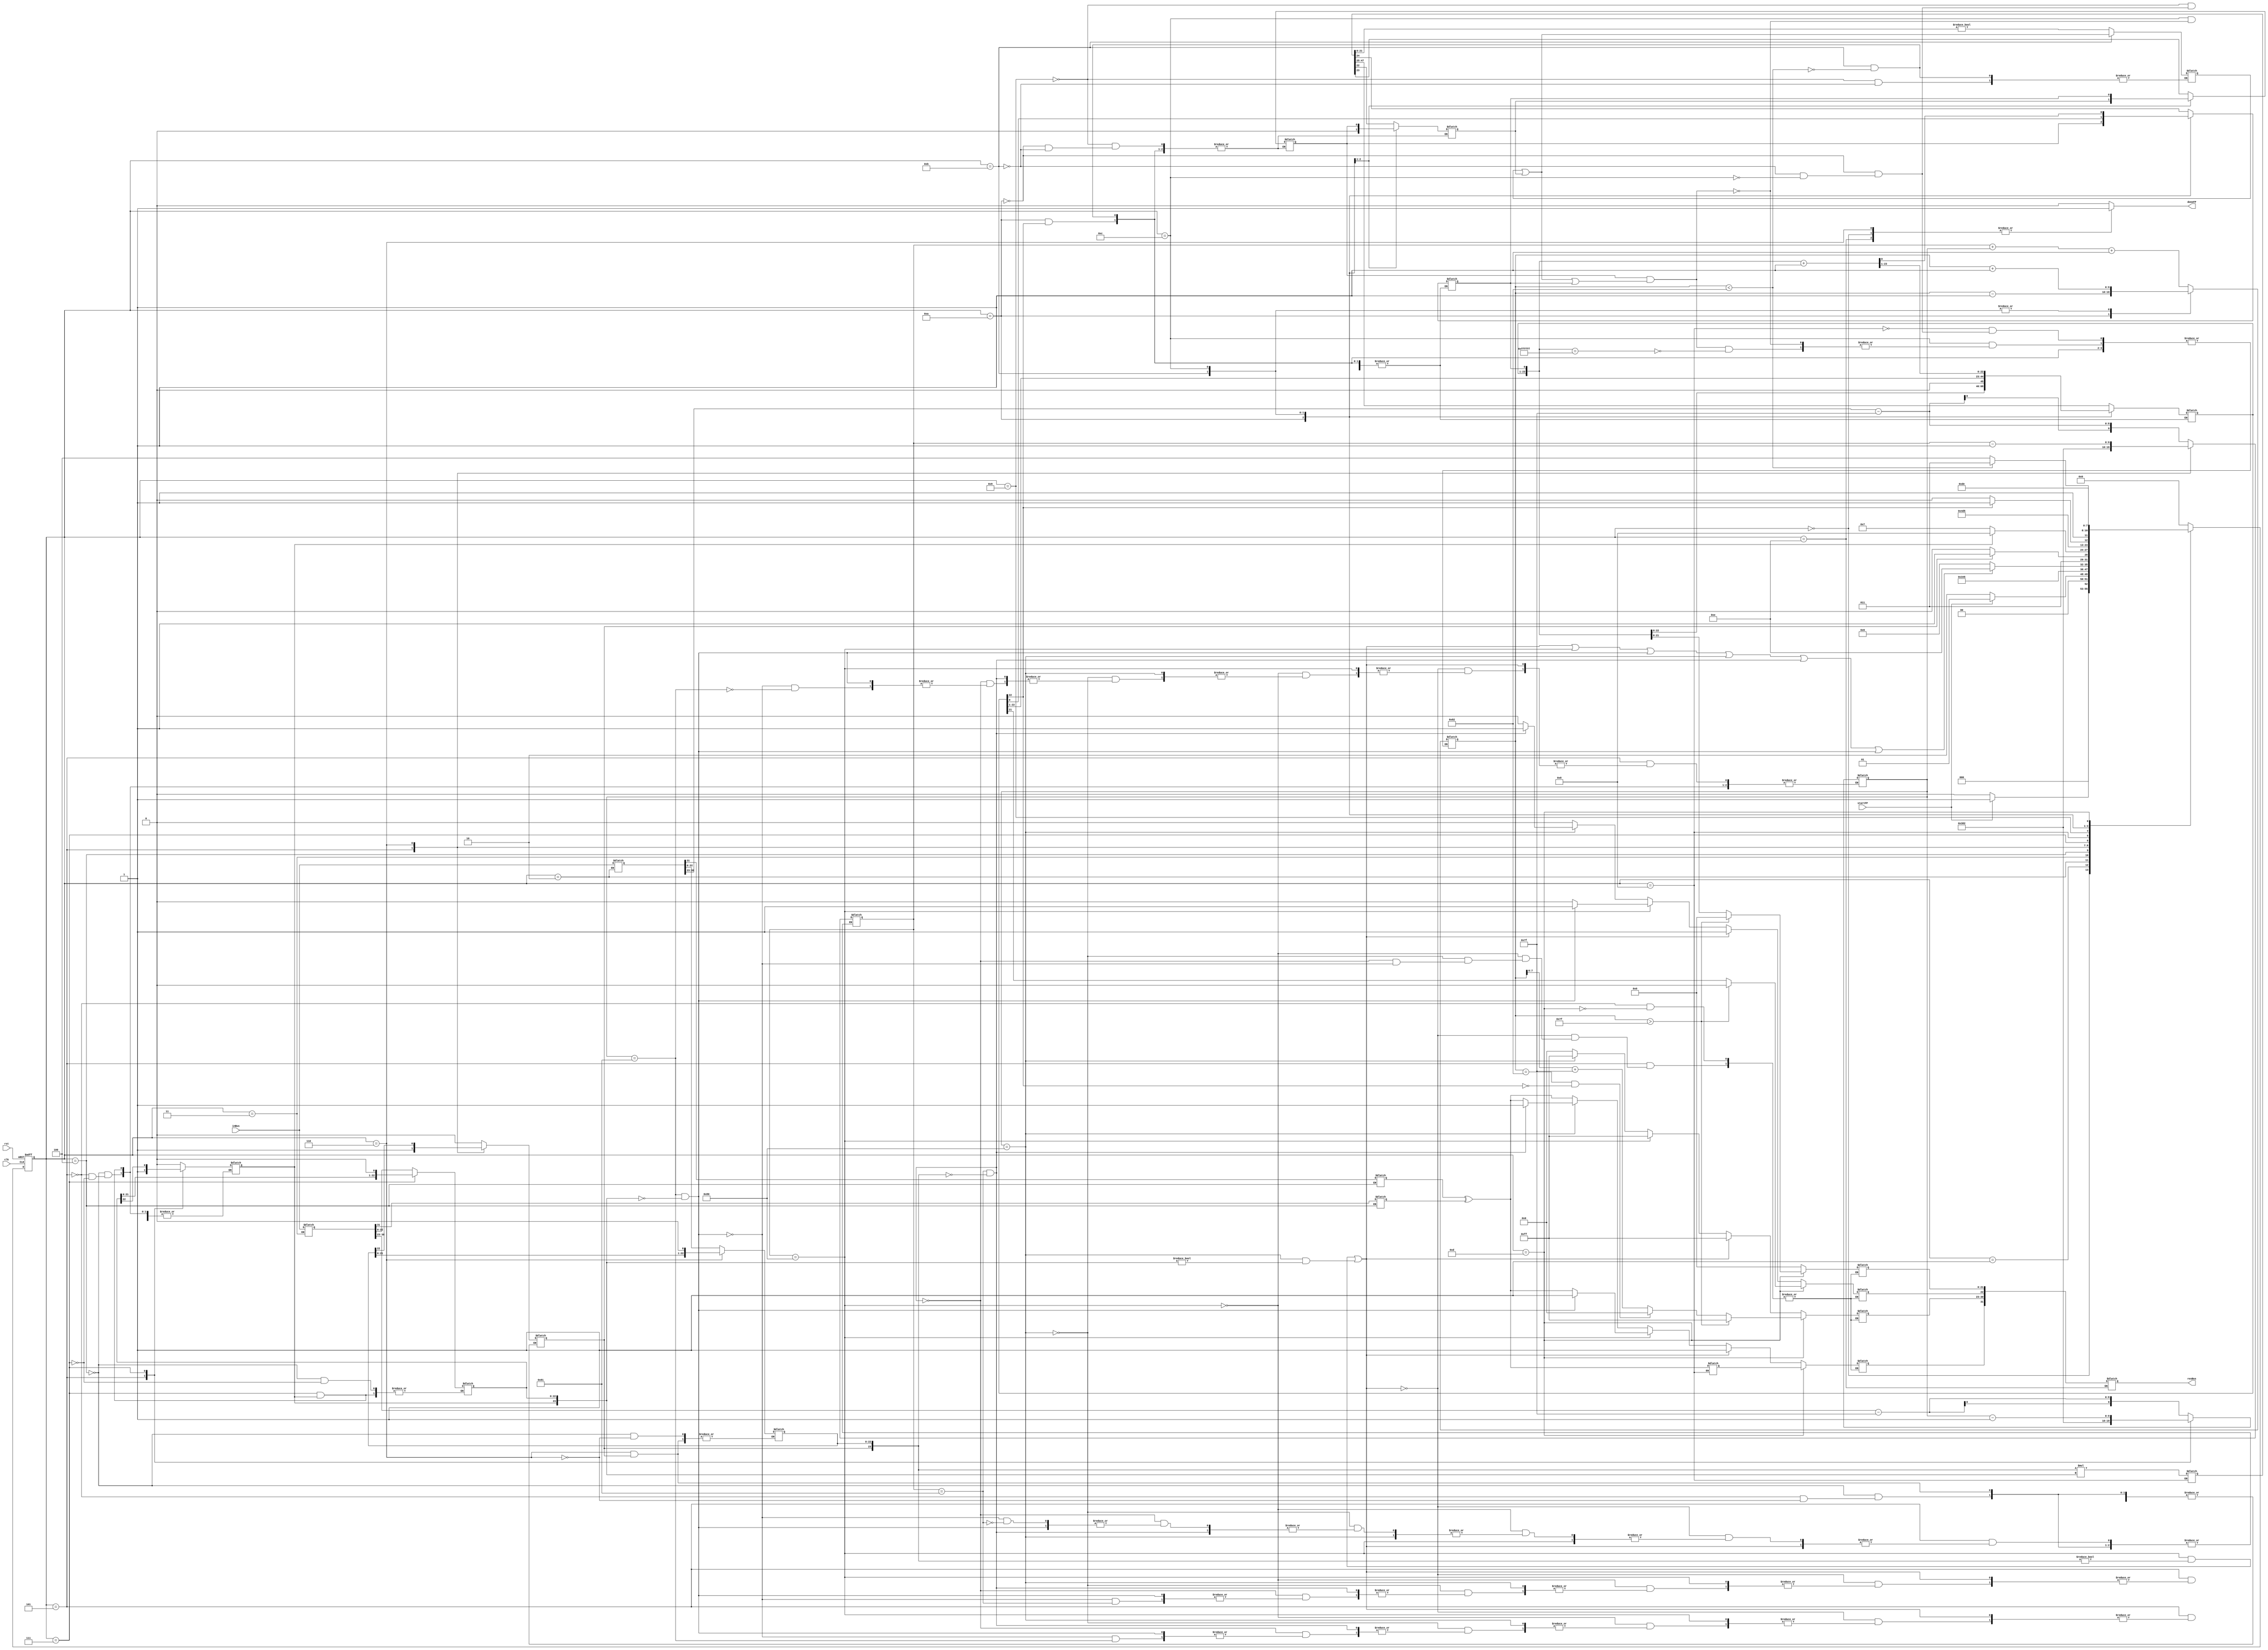
//Synthesizable Floating Point Multiplier
`timescale 1ns/1ns
module FPMULT2(input clk,rst,input [31:0] inBus,input startFP,output [31:0] resBus,output reg doneFP);
    //states
    parameter 
      idle         = 4'd0,
      init         = 4'd1,
      get_a         = 4'd2,
      get_b         = 4'd3,
      unpack        = 4'd4,
      special_cases = 4'd5,
      normalise_a   = 4'd6,
      normalise_b   = 4'd7,
      multiply_add_0    = 4'd8,
      multiply_1    = 4'd9,
      normalise_1   = 4'd10,
      normalise_2   = 4'd11,
      round         = 4'd12,
      pack          = 4'd13,
      result        = 4'd14;
    reg [3:0] ns,ps;
    reg [31:0] Areg;
    reg [31:0] Breg;
    reg [31:0] z;
    reg [9:0] a_e, b_e, z_e;
    reg a_s, b_s, z_s;
    reg       guard, round_bit, sticky;
    reg       [47:0] product;
    reg       [31:0] s_output_z;
    reg       [23:0] a_m, b_m, z_m;

    always @(*) begin
      ns <= idle;
      case(ps)
        idle : ns <= startFP ? init : idle;
        init : ns <= startFP ? init : get_a;
        get_a: ns <= get_b;
        get_b: ns <= unpack;
        unpack: ns <= special_cases;
        special_cases : ns <= ((a_e == 128 && a_m != 0) || (b_e == 128 && b_m != 0)) 
                             || (a_e == 128) || (($signed(b_e) == -127) && (b_m == 0)) ||
                             (b_e == 128) || (($signed(a_e) == -127) && (a_m == 0)) ||
                             (($signed(b_e) == -127) && (b_m == 0))
                            ? result : normalise_a;
        normalise_a: ns <= a_m[23] ? normalise_b : normalise_a;
        normalise_b: ns <= b_m[23] ? multiply_add_0 : normalise_b;
        multiply_add_0: ns <= multiply_1;
        multiply_1: ns <= normalise_1;
        normalise_1: ns <= z_m[23] ? normalise_2 : normalise_1;
        normalise_2: ns <= ($signed(z_e) < -126) ? normalise_2 : round;
        round: ns <= pack;
        pack: ns <= result;
        result: ns <= idle;
      endcase
    end

    //Signals to be issued
    always @(*) begin
      doneFP <= 1'b0;
      case(ps)
          idle : begin
            doneFP <= 1'b1;
          end

          get_a:
          begin
            Areg <= inBus;        
          end

          get_b:
          begin
            Breg <= inBus;
          end

          unpack:
          begin
            a_m <= Areg[22 : 0];
            b_m <= Breg[22 : 0];
            a_e <= Areg[30 : 23] - 127;
            b_e <= Breg[30 : 23] - 127;
            a_s <= Areg[31];
            b_s <= Breg[31];
          end

          special_cases:
          begin
            //if a is NaN or b is NaN return NaN 
            if ((a_e == 128 && a_m != 0) || (b_e == 128 && b_m != 0)) begin
              z[31] <= 1;
              z[30:23] <= 255;
              z[22] <= 1;
              z[21:0] <= 0;
            //if a is inf return inf
            end else if (a_e == 128) begin
              z[31] <= a_s ^ b_s;
              z[30:23] <= 255;
              z[22:0] <= 0;
              //if b is zero return NaN
              if (($signed(b_e) == -127) && (b_m == 0)) begin
                z[31] <= 1;
                z[30:23] <= 255;
                z[22] <= 1;
                z[21:0] <= 0;
              end
            //if b is inf return inf
            end else if (b_e == 128) begin
              z[31] <= a_s ^ b_s;
              z[30:23] <= 255;
              z[22:0] <= 0;
              //if a is zero return NaN
              if (($signed(a_e) == -127) && (a_m == 0)) begin
                z[31] <= 1;
                z[30:23] <= 255;
                z[22] <= 1;
                z[21:0] <= 0;
              end
            //if a is zero return zero
            end else if (($signed(a_e) == -127) && (a_m == 0)) begin
              z[31] <= a_s ^ b_s;
              z[30:23] <= 0;
              z[22:0] <= 0;
            //if b is zero return zero
            end else if (($signed(b_e) == -127) && (b_m == 0)) begin
              z[31] <= a_s ^ b_s;
              z[30:23] <= 0;
              z[22:0] <= 0;
            end else begin
              //Denormalised Number
              if ($signed(a_e) == -127) begin
                a_e <= -126;
              end else begin
                a_m[23] <= 1;
              end
              //Denormalised Number
              if ($signed(b_e) == -127) begin
                b_e <= -126;
              end else begin
                b_m[23] <= 1;
              end
            end
          end

          normalise_a:
          begin
            doneFP <= 1'b1;
            if (a_m[23]) begin

            end else begin
              a_m <= a_m << 1;
              a_e <= a_e - 1;
            end
          end

          normalise_b:
          begin
            if (b_m[23]) begin
            end else begin
              b_m <= b_m << 1;
              b_e <= b_e - 1;
            end
          end
          multiply_add_0:
          begin
            z_s <= a_s ^ b_s;
            z_e <= a_e + b_e + 1;
            product <= a_m * b_m;
          end

          multiply_1:
          begin
            z_m <= product[47:24];
            guard <= product[23];
            round_bit <= product[22];
            sticky <= (product[21:0] != 0);
          end

          normalise_1:
          begin
            if (z_m[23] == 0) begin
              z_e <= z_e - 1;
              z_m <= z_m << 1;
              z_m[0] <= guard;
              guard <= round_bit;
              round_bit <= 0;
            end 
            
          end

          normalise_2:
          begin
            if ($signed(z_e) < -126) begin
              z_e <= z_e + 1;
              z_m <= z_m >> 1;
              guard <= z_m[0];
              round_bit <= guard;
              sticky <= sticky | round_bit;
            end
          end

          round:
          begin
            if (guard && (round_bit | sticky | z_m[0])) begin
              z_m <= z_m + 1;
              if (z_m == 24'hffffff) begin
                z_e <=z_e + 1;
              end
            end
          end

          pack:
          begin
            z[22 : 0] <= z_m[22:0];
            z[30 : 23] <= z_e[7:0] + 127;
            z[31] <= z_s;
            if ($signed(z_e) == -126 && z_m[23] == 0) begin
              z[30 : 23] <= 0;
            end
            //if overflow occurs, return inf
            if ($signed(z_e) > 127) begin
              z[22 : 0] <= 0;
              z[30 : 23] <= 255;
              z[31] <= z_s;
            end
          end

          result:
          begin
            s_output_z <= z;
            doneFP <= 1'b1;
          end

        endcase
    end

    //Sequential
    always @(posedge clk,posedge rst) begin
      if(rst)
        ps <= idle;
      else
        ps <= ns;
    end

  assign resBus = s_output_z;
endmodule